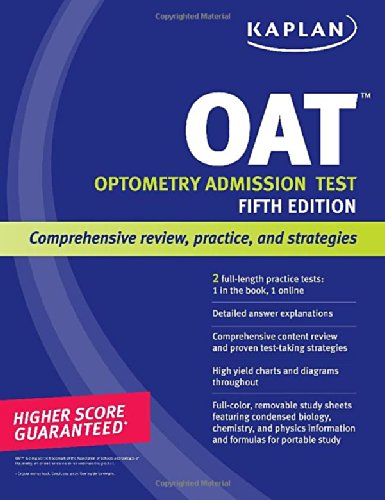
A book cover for Kaplan OAT (Kaplan Test Prep); Kaplan; Medical Books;